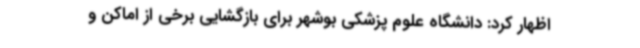
اظهار کرد: دانشگاه علوم پزشکی بوشهر برای بازگشایی برخی از اماکن و